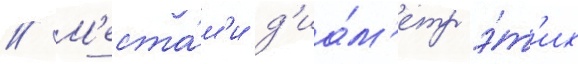
// М'еста́м'и д'иа́м'етр э́т'их